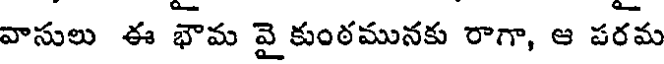
వాసులు ఈ భౌమ వై కుంఠమునకు రాగా, ఆ పరమ